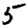
Digit: 5